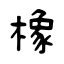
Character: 橡